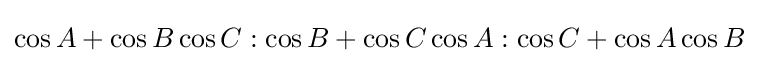
\cos A+\cos B\cos C:\cos B+\cos C\cos A:\cos C+\cos A\cos B